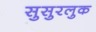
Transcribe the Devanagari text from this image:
सुसुरलुक